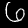
Digit: 6